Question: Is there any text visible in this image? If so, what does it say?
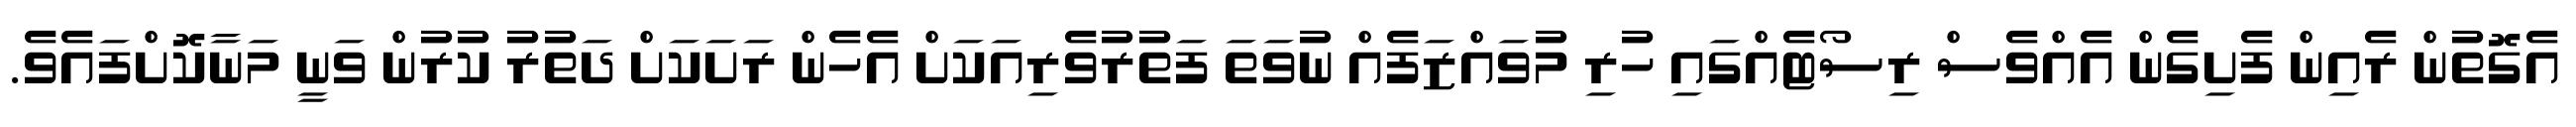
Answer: އެގޮތުން ރެއިން ފެށިގެން އެއްވެސް ރިސޯޓެއްގައި ހުރި މުވައްޒަފެއް ނުވަތަ ފަތުރުވެރިއަކަށް އެހެން ރަށަކަށް ދަތުރު ކުރުން ވަނީ މަނާކޮށްފައެވެ.